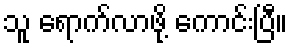
သူ ရောက်လာဖို့ ကောင်းပြီ။